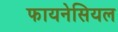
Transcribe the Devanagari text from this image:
फायनेसियल